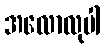
အလောလုပါ